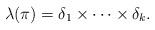
LaTeX: \begin{align*}\lambda(\pi)=\delta_1\times\cdots\times \delta_k.\end{align*}